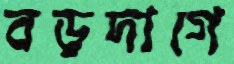
বড়দাগে